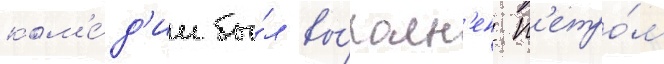
ком'е́д'ии бы́л вы́полн'ен п'етро́м